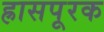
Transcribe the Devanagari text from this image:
ह्रासपूरक